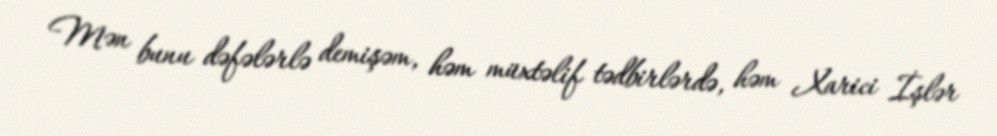
Mən bunu dəfələrlə demişəm, həm müxtəlif tədbirlərdə, həm Xarici İşlər